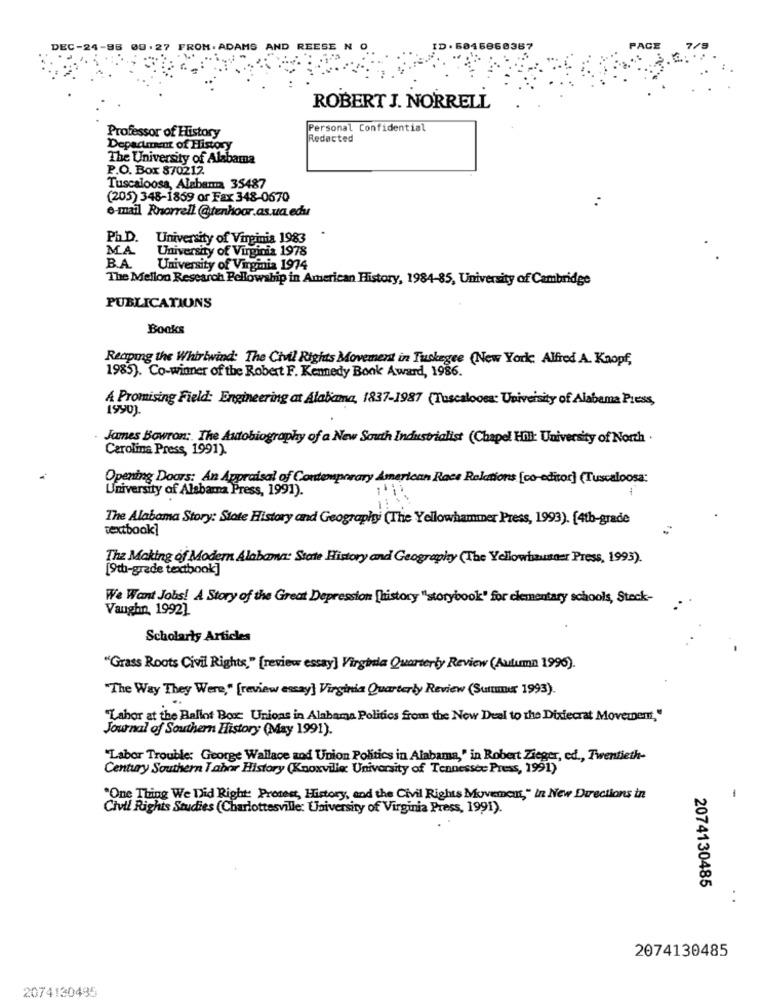
DEC-24-96 00.27 FROM. ADAMS AND REESE N O
ID. 5046868387
PACE
ROBERT J. NORRELL
Personal Confidential
Professor of History
Redacted
Department of History
The University of Alabama
P.O. Box 870212.
Tuscaloosa, Alabama 35487
(205) 348-1869 or Fax 348-0670
e-mail Rnorrell @tenhoor.as.ua edu
Ph.D. University of Virginia 1983
M.A.
University of Virginia 1978
BA
University of Virginia 1974
The Mellon Research Fellowship in American History, 1984-85, University of Cambridge
PUBLICATIONS
Books
Reaping the Whirlwind: The Civil Rights Movement in Tuskegee (New York Alfred A. Knopf,
1985). Co-winner of the Robert F. Kennedy Book Award, 1986.
A Promising Field: Engineering at Alabama, 1837-1987 (Tuscaloosa: University of Alabama Press,
1990)
James Bowron: The Autobiography of a New South Industrialist (Chapel Hill: University of North
Carolina Press, 1991).
Opening Doors: An Appraisal of Contemporary American Race Relations [co-editor] (Tuscaloosa:
University of Alabama Press, 1991).
The Alabama Story: State History and Geography (The Yellowhammer Press, 1993). [4th-grade
textbook]
The Making of Modern Alabama: Starte History and Geography (The Yellowhausner Press, 1993).
[9th-grade textbook]
We Want Jobs! A Story of the Great Depression [history "storybook" for elementary schools, Steck-
Vaughn, 1992]
Scholarly Articles
"Grass Roots Civil Rights," [review essay] Virginia Quarterly Review (Autumn 1996).
"The Way They Were," [review essay] Virginia Quarterly Review (Summer 1993).
Labor at the Ballot Box: Unions in Alabama Politics from the New Deal to the Dixiecrat Movement,"
Journal of Southern History (May 1991).
"Labor Trouble: George Wallace and Union Politics in Alabama," in Robert Zieger, ed ., Twentieth-
Century Southern I ahor History (Knoxville University of Tennessee Press, 1991)
1
"One Thing We Did Right: Procent, History, and the Civil Rights Movement," In New Directions in
Civil Rights Studies (Charlottesville: University of Virginia Press, 1991).
2074130485
2074130485
2074130485